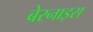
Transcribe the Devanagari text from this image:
बेरनाइस